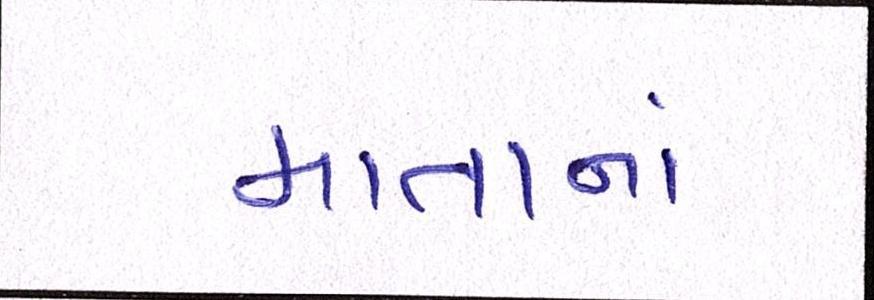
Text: માતાનાં